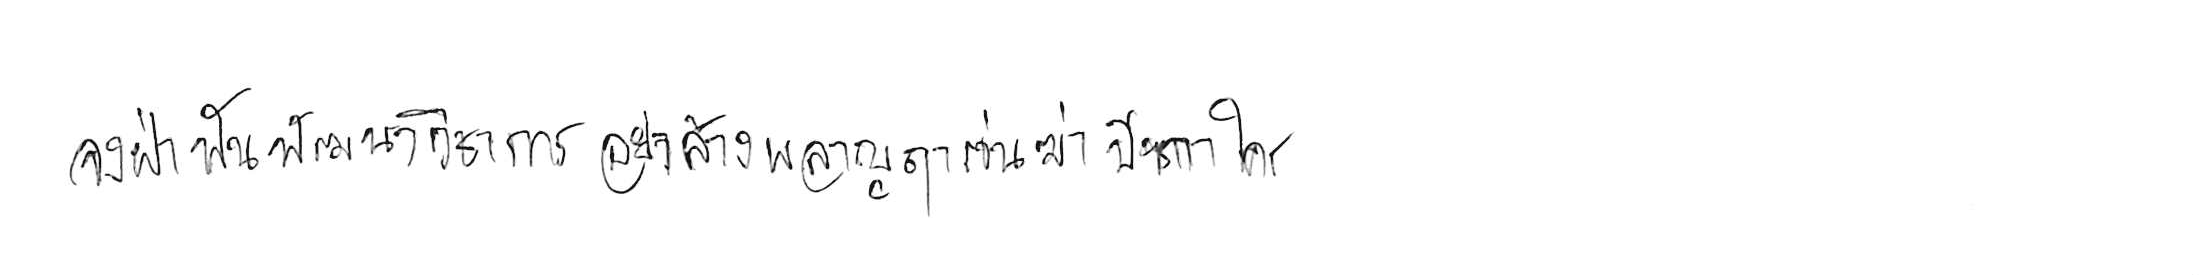
จงฝ่าฟันพัฒนาวิชาการ อย่าล้างผลาญฤๅเข่นฆ่าบีฑาใคร